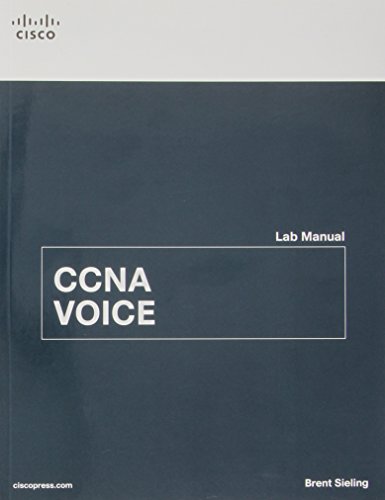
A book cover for CCNA Voice Lab Manual; Brent Sieling; Computers & Technology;